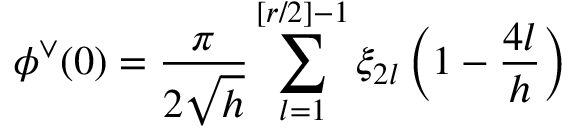
\phi ^ { \vee } ( 0 ) = \frac { \pi } { 2 \sqrt { h } } \sum _ { l = 1 } ^ { [ r / 2 ] - 1 } \xi _ { 2 l } \left( 1 - \frac { 4 l } { h } \right)